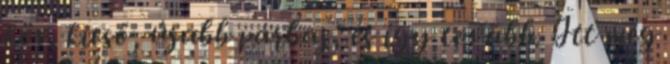
köv. kieső, újabb párbaj, és így tovább. Itt meg